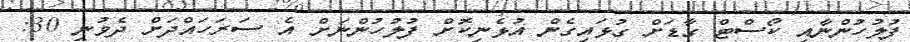
ފުލުހުންނާއި ކޯސްޓް ގާޑަށް ގުޅައިގެން އުޅެނިކޮށް ފުލުހުންނަށް އެ ސަރަހައްދަށް ދެވުނީ 30: